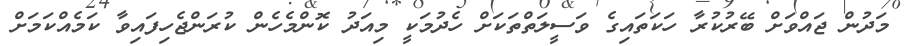
މަދުން ޖައްވަށް ބޭރުކުރާ ހަކަތައިގެ ވަސީލަތްތަކަށް ހެދުމަކީ މިއަދު ކޮންމެހެން ކުރަންޖެހިފައިވާ ކަމެއްކަމަށް